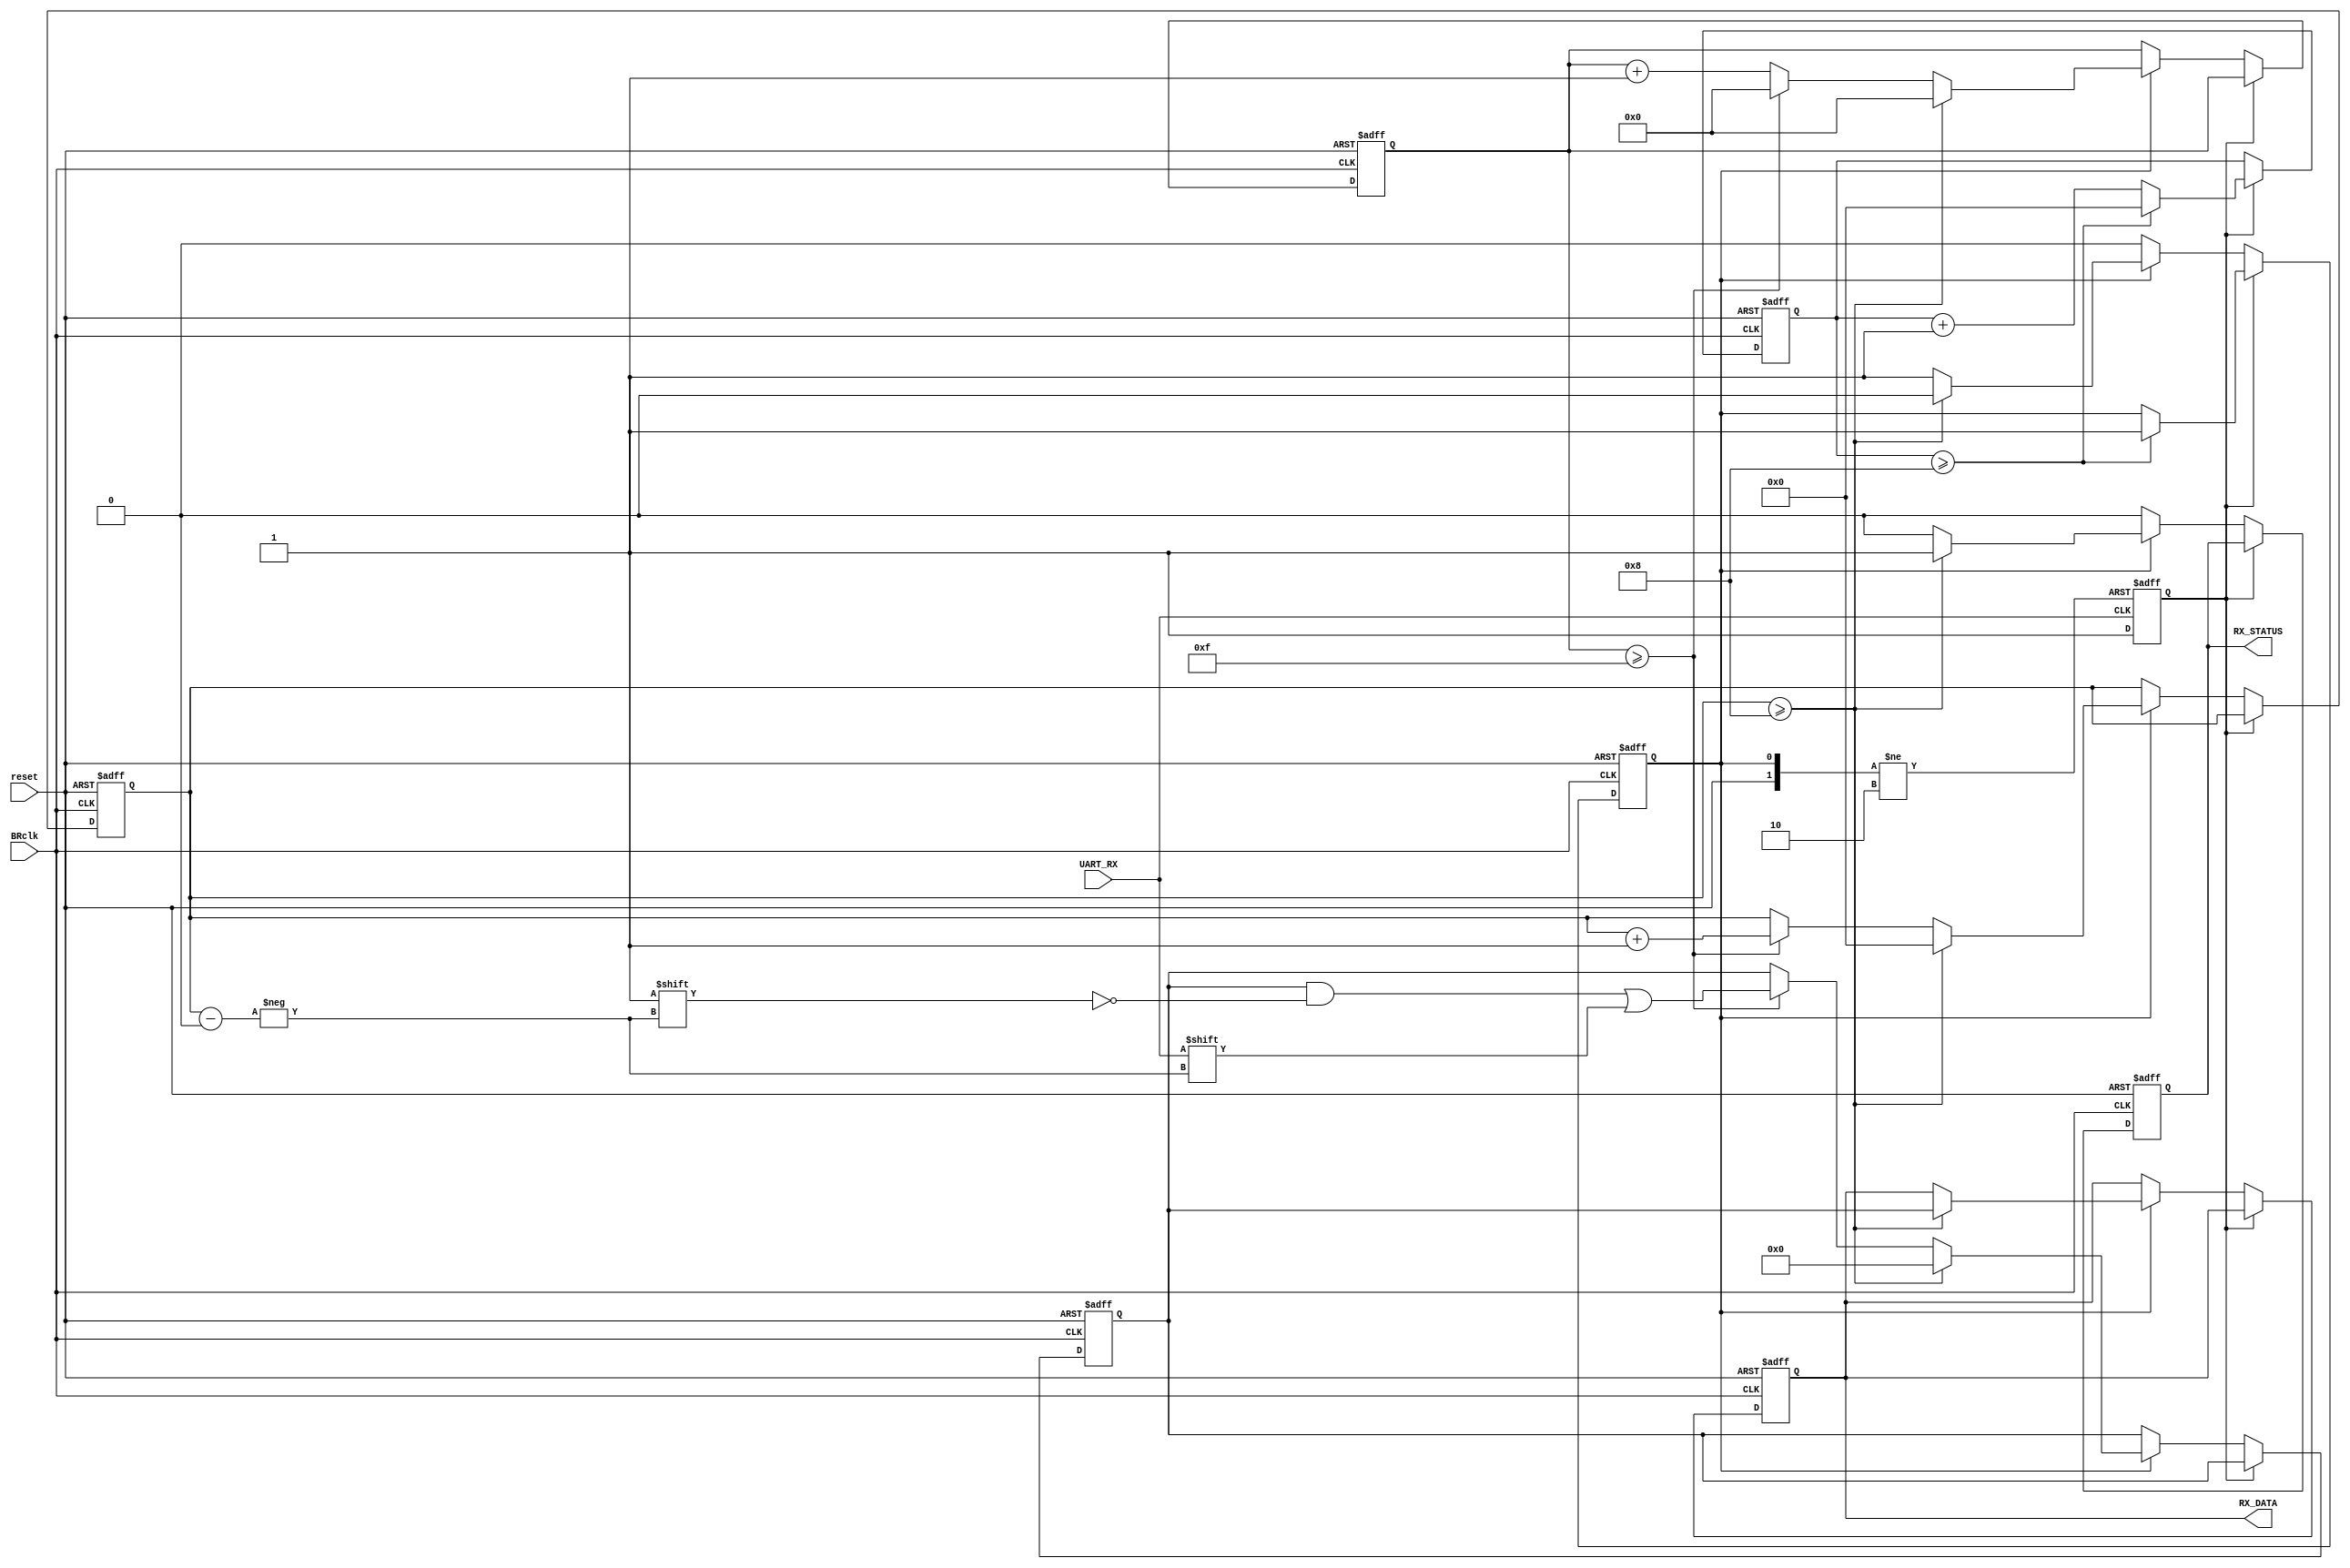
`timescale 1ns/1ps

module reciever(BRclk, reset, UART_RX, RX_STATUS, RX_DATA);
input BRclk, reset, UART_RX;
output reg RX_STATUS;
output reg [7:0] RX_DATA;

reg start;
reg [7:0] data;
reg [3:0] delay;
reg align;
reg [3:0] bit_num;
reg [4:0] count_num;
//signal bit
always @(negedge UART_RX or negedge reset or posedge align)
begin
	if(~reset)
		start <= 0;
	else if(align) start <= 0;
	else start <= 1;
end

//align to one circle's center(delay 8 circles)
//bit number recieved
always @(posedge BRclk or negedge reset)
begin
	if (~reset) 
	begin
		delay <= 0;
		align <= 0;
		bit_num <= 0;
		count_num <= 0;
		RX_STATUS <= 0;
		data <= 8'b00000000;
		RX_DATA <= 8'b00000000;
	end
	else if(start)
	begin
		if(delay >= 4'b1000) 
		begin
			delay <= 0;	
			align <= 1;
		end
		else delay <= delay + 4'd1;		
	end
	else begin
		if(RX_STATUS)
				RX_STATUS <= 0; 
		if(align) 
		begin
			if(count_num >= 5'b01111)
			begin
				count_num <= 0;
				bit_num <= bit_num + 4'd1;
				data[bit_num] <= UART_RX;
			end
			else count_num <= count_num + 5'd1;
			
			//complete recieving 
			if(bit_num >= 4'b1000)
			begin
				align <= 0;
				count_num <= 0;
				bit_num <= 0;
				RX_STATUS <= 1;
				data <= 0;
				RX_DATA <= data;
			end
		end
	end
end
endmodule